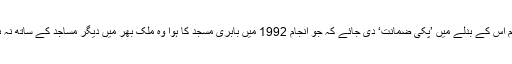
تاہم اس کے بدلے میں ’پکی ضمانت‘ دی جائے کہ جو انجام 1992 میں بابری مسجد کا ہوا وہ ملک بھر میں دیگر مساجد کے ساتھ نہ ہو۔